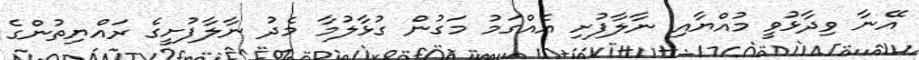
އޭނާ ވިދާޅުވީ މުއްޔާއި ނާލާފުށި އެއްގަމު މަގުން ގުޅާލުމާ މެދު ނާލާފުށީގެ ރައްޔިތުންގެ